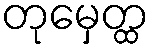
တုမှေတ္ထ